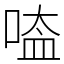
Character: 㗐